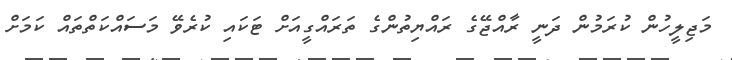
މަޖިލީހުން ކުރަމުން ދަނީ ރާއްޖޭގެ ރައްޔިތުންގެ ތަރައްގީއަށް ޓަކައި ކުރެވޭ މަސައްކަތްތައް ކަމަށް